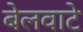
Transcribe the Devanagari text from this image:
बेलवाटे